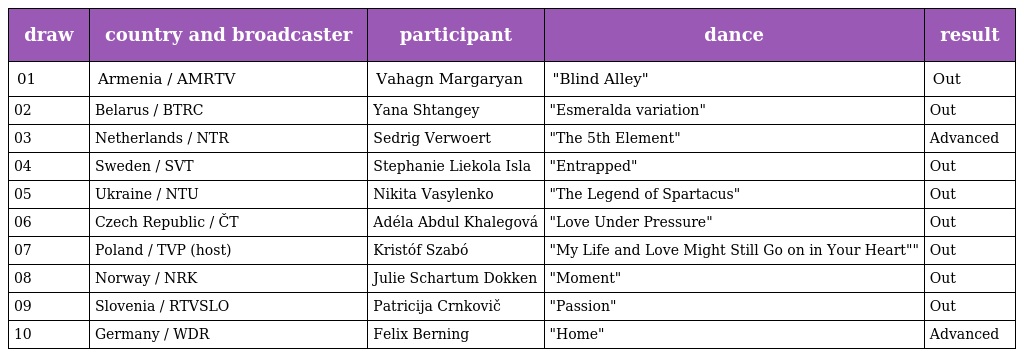
| draw | country and broadcaster | participant | dance | result |
 | --- | --- | --- | --- | --- |
 | 01 | Armenia / AMRTV | Vahagn Margaryan | "Blind Alley" | Out |
 | 02 | Belarus / BTRC | Yana Shtangey | "Esmeralda variation" | Out |
 | 03 | Netherlands / NTR | Sedrig Verwoert | "The 5th Element" | Advanced |
 | 04 | Sweden / SVT | Stephanie Liekola Isla | "Entrapped" | Out |
 | 05 | Ukraine / NTU | Nikita Vasylenko | "The Legend of Spartacus" | Out |
 | 06 | Czech Republic / ČT | Adéla Abdul Khalegová | "Love Under Pressure" | Out |
 | 07 | Poland / TVP (host) | Kristóf Szabó | "My Life and Love Might Still Go on in Your Heart"" | Out |
 | 08 | Norway / NRK | Julie Schartum Dokken | "Moment" | Out |
 | 09 | Slovenia / RTVSLO | Patricija Crnkovič | "Passion" | Out |
 | 10 | Germany / WDR | Felix Berning | "Home" | Advanced |